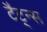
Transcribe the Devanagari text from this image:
टैट्न्स